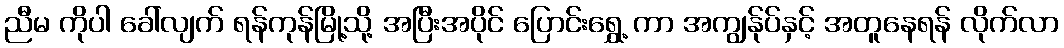
ညီမ ကိုပါ ခေါ်လျက် ရန်ကုန်မြို့သို့ အပြီးအပိုင် ပြောင်းရွှေ့ ကာ အကျွန်ုပ်နှင့် အတူနေရန် လိုက်လာ